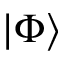
| \Phi \rangle